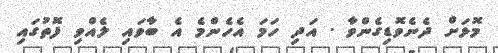
މޮޅަށް ދެނެވޮޑިގެންވާ . އަދި ހަމަ އެހެންމެ އެ ބާވައި ލެއްވި ފޮތުގައި